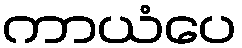
ကာယံပေ